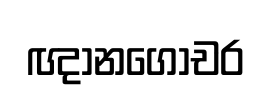
ඥානගෝචර